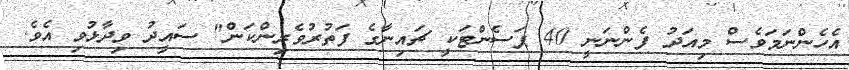
އެހެންނަމަވެސް މިއަދު ފެންނަނީ 40 ޕަސެންޓަކީ ޗައިނާގެ ފަތުރުވެރިންކަން" ސައީދު ވިދާޅުވި އެވެ.